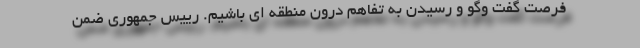
فرصت گفت وگو و رسیدن به تفاهم درون منطقه ای باشیم. رییس جمهوری ضمن